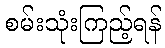
စမ်းသုံးကြည့်ရန်